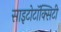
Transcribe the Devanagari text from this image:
साइटोटॉक्सिटी